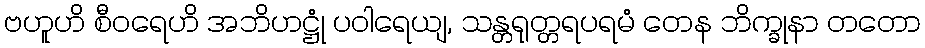
ဗဟူဟိ စီဝရေဟိ အဘိဟဋ္ဌုံ ပဝါရေယျ, သန္တရုတ္တရပရမံ တေန ဘိက္ခုနာ တတော